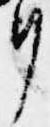
リ